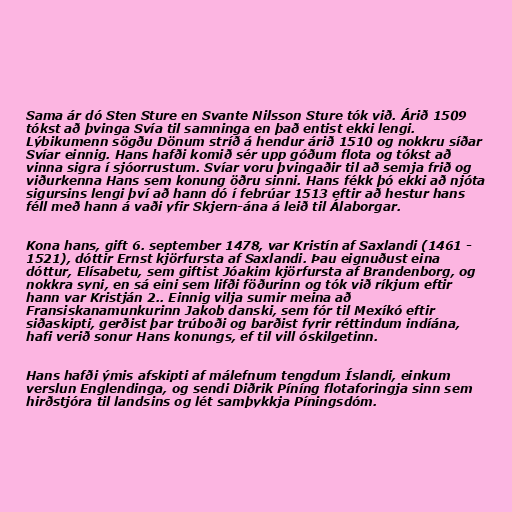
Sama ár dó Sten Sture en Svante Nilsson Sture tók við. Árið 1509
tókst að þvinga Svía til samninga en það entist ekki lengi.
Lýbikumenn sögðu Dönum stríð á hendur árið 1510 og nokkru síðar
Svíar einnig. Hans hafði komið sér upp góðum flota og tókst að
vinna sigra í sjóorrustum. Svíar voru þvingaðir til að semja frið og
viðurkenna Hans sem konung öðru sinni. Hans fékk þó ekki að njóta
sigursins lengi því að hann dó í febrúar 1513 eftir að hestur hans
féll með hann á vaði yfir Skjern-ána á leið til Álaborgar.

Kona hans, gift 6. september 1478, var Kristín af Saxlandi (1461 -
1521), dóttir Ernst kjörfursta af Saxlandi. Þau eignuðust eina
dóttur, Elísabetu, sem giftist Jóakim kjörfursta af Brandenborg, og
nokkra syni, en sá eini sem lifði föðurinn og tók við ríkjum eftir
hann var Kristján 2.. Einnig vilja sumir meina að
Fransiskanamunkurinn Jakob danski, sem fór til Mexíkó eftir
siðaskipti, gerðist þar trúboði og barðist fyrir réttindum indíána,
hafi verið sonur Hans konungs, ef til vill óskilgetinn.

Hans hafði ýmis afskipti af málefnum tengdum Íslandi, einkum
verslun Englendinga, og sendi Diðrik Píníng flotaforingja sinn sem
hirðstjóra til landsins og lét samþykkja Píningsdóm.